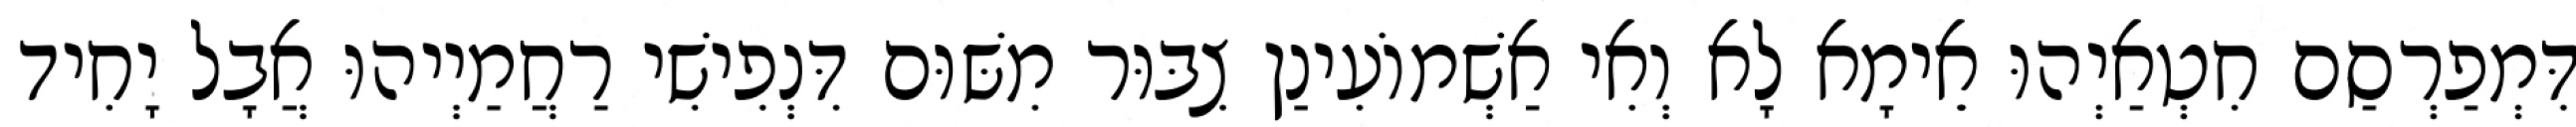
דִּמְפַרְסַם חִטְאַיְהוּ אֵימָא לָא וְאִי אַשְׁמוֹעִינַן צִבּוּר מִשּׁוּם דִּנְפִישִׁי רַחֲמַיְיהוּ אֲבָל יָחִיד